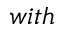
w i t h